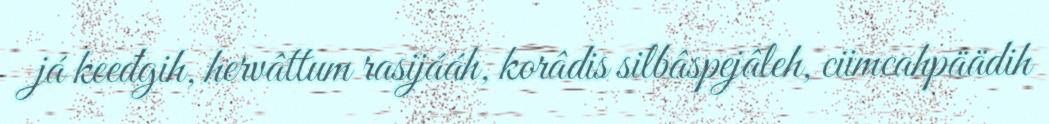
já keeđgih, hervâttum rasijááh, korâdis silbâspejâleh, ciimcahpäädih